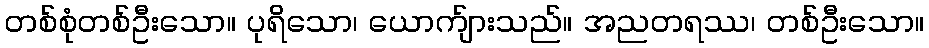
တစ်စုံတစ်ဦးသော။ ပုရိသော၊ ယောက်ျားသည်။ အညတရဿ၊ တစ်ဦးသော။